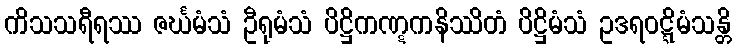
ကိသသရီရဿ ဇင်္ဃမံသံ ဦရုမံသံ ပိဋ္ဌိကဏ္ဋကနိဿိတံ ပိဋ္ဌိမံသံ ဥဒရဝဋ္ဋိမံသန္တိ